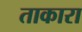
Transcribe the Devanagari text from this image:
ताकारा